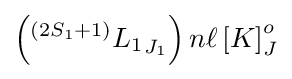
\left(^{\left(2{{S}_{1}}+1\right)}{{L}_{1}}_{{J}_{1}}\right)n\ell \left[K\right]_{J}^{o}